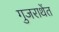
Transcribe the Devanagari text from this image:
गुजराथेंत